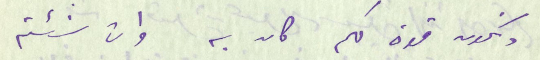
ونكون قوة لكم كان به وان شئتم